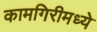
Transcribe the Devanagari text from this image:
कामगिरीमध्ये